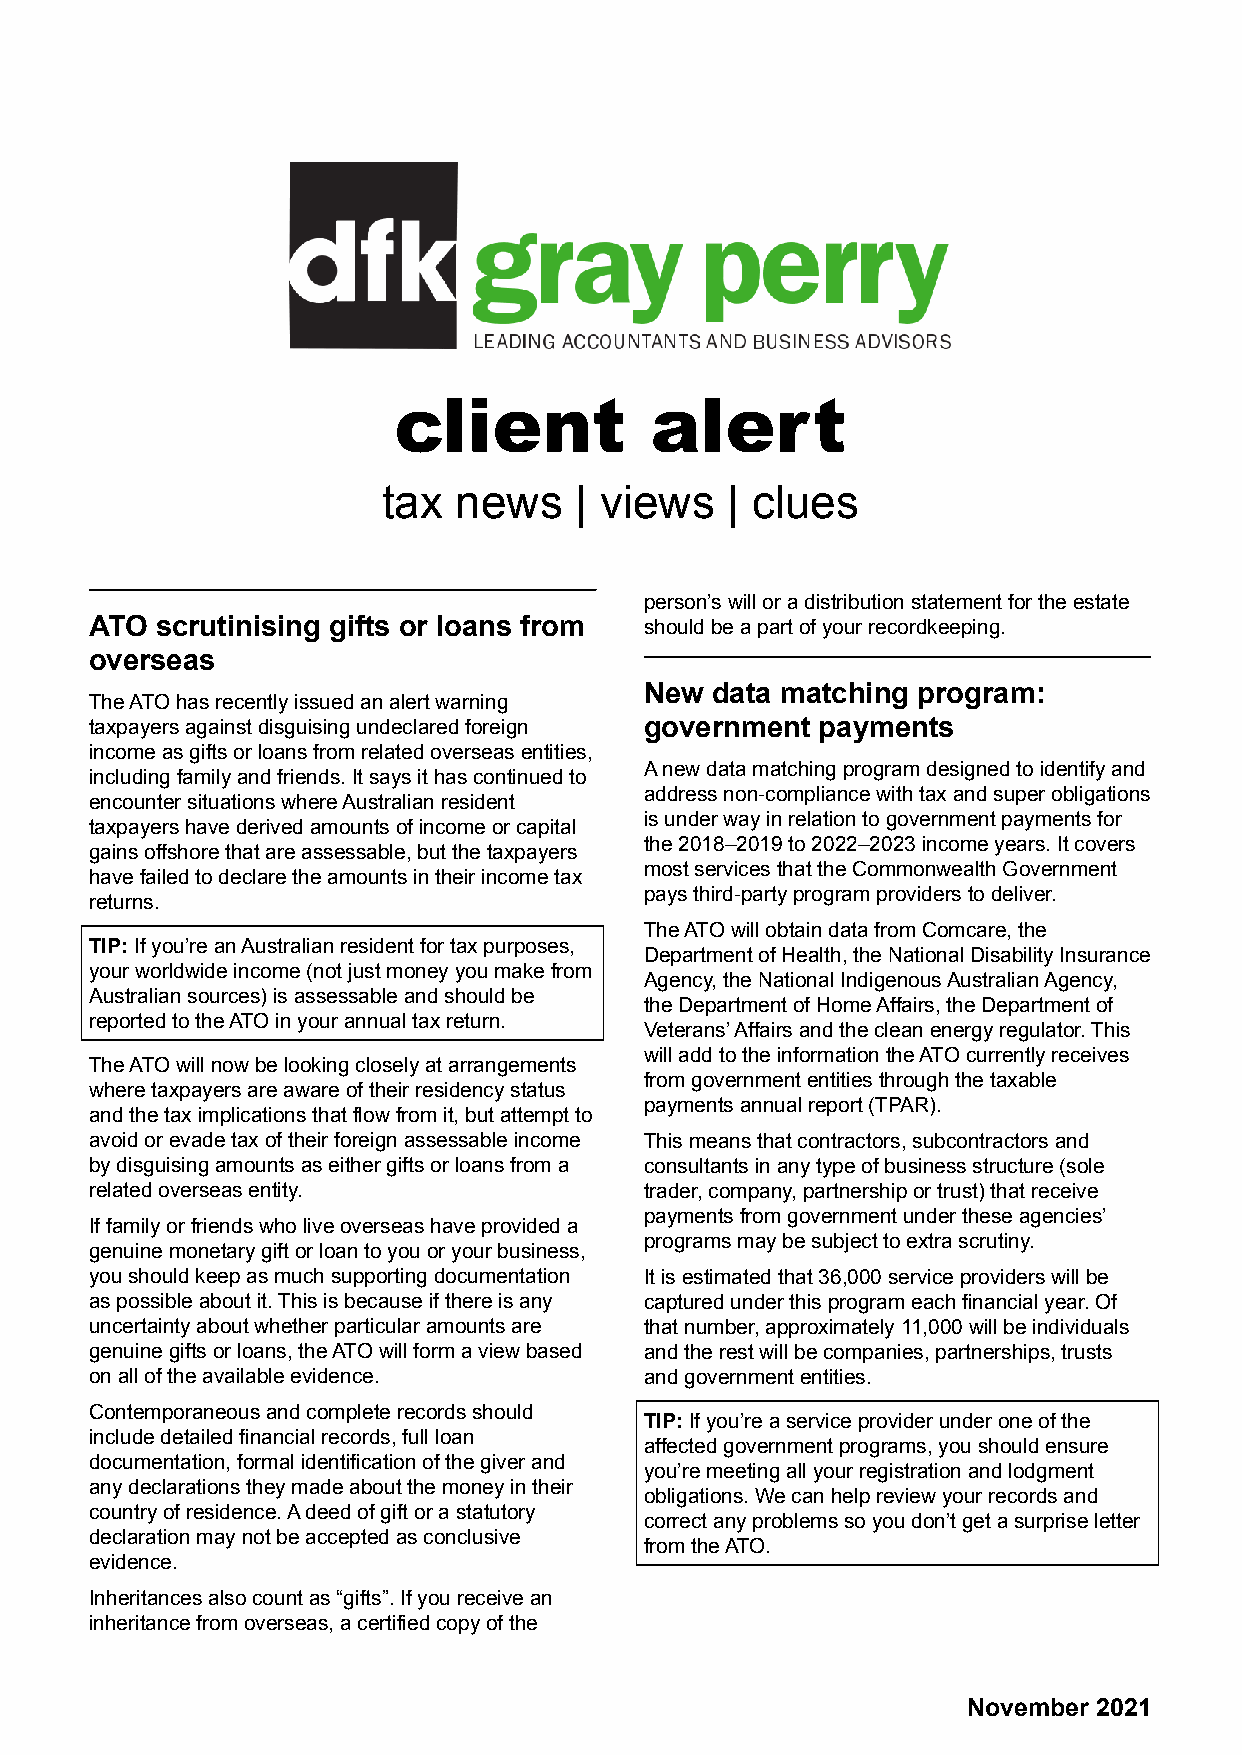
client           alert
 tax  news    | views   | clues
 person’s will or a distribution statement for the estate
 ATO scrutinising gifts or loans from should be a part of your recordkeeping.
 overseas
 New data matching program:
 The ATO has recently issued an alert warning
 taxpayers against disguising undeclared foreign government payments
 income as gifts or loans from related overseas entities,
 A new data matching program designed to identify and
 including family and friends. It says it has continued to
 address non-compliance with tax and super obligations
 encounter situations where Australian resident
 is under way in relation to government payments for
 taxpayers have derived amounts of income or capital
 the 2018–2019 to 2022–2023 income years. It covers
 gains offshore that are assessable, but the taxpayers
 most services that the Commonwealth Government
 have failed to declare the amounts in their income tax
 pays third-party program providers to deliver.
 returns.
 The ATO will obtain data from Comcare, the
 TIP:If you’re an Australian resident for tax purposes,
 Department of Health, the National Disability Insurance
 your worldwide income (not just money you make from
 Agency, the National Indigenous Australian Agency,
 Australian sources) is assessable and should be
 the Department of Home Affairs, the Department of
 reported to the ATO in your annual tax return.
 Veterans’ Affairs and the clean energy regulator. This
 will add to the information the ATO currently receives
 The ATO will now be looking closely at arrangements
 from government entities through the taxable
 where taxpayers are aware of their residency status
 payments annual report (TPAR).
 and the tax implications that flow from it, but attempt to
 avoid or evade tax of their foreign assessable income This means that contractors, subcontractors and
 by disguising amounts as either gifts or loans from a consultants in any type of business structure (sole
 related overseas entity.             trader, company, partnership or trust) that receive
 payments from government under these agencies’
 If family or friends who live overseas have provided a
 programs may be subject to extra scrutiny.
 genuine monetary gift or loan to you or your business,
 you should keep as much supporting documentation It is estimated that 36,000 service providers will be
 as possible about it. This is because if there is any captured under this program each financial year. Of
 uncertainty about whether particular amounts are that number, approximately 11,000 will be individuals
 genuine gifts or loans, the ATO will form a view based and the rest will be companies, partnerships, trusts
 on all of the available evidence.    and government entities.
 Contemporaneous and complete records should
 TIP:If you’re a service provider under one of the
 include detailed financial records, full loan
 affected government programs, you should ensure
 documentation, formal identification of the giver and
 you’re meeting all your registration and lodgment
 any declarations they made about the money in their
 obligations. We can help review your records and
 country of residence. A deed of gift or a statutory
 correct any problems so you don’t get a surprise letter
 declaration may not be accepted as conclusive
 from the ATO.
 evidence.
 Inheritances also count as “gifts”. If you receive an
 inheritance from overseas, a certified copy of the
 November 2021